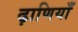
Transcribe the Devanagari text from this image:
ढ़ाणियाँ